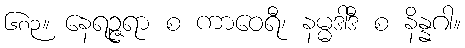
၆၈၃။ နေရဉ္ဇရာ စ ကာဝေရီ၊ နမ္မဒါဒီ စ နိန္နဂါ။